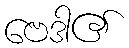
ဗေဒါ၏